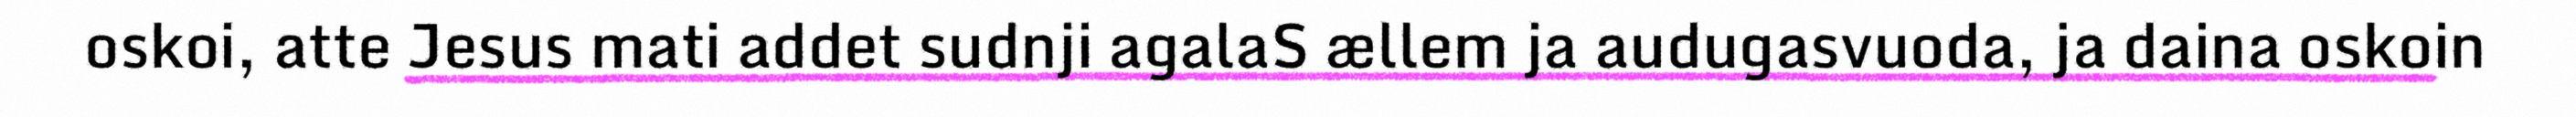
oskoi, atte Jesus mati addet sudnji agalaS ællem ja audugasvuoda, ja daina oskoin